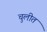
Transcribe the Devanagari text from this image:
चुलीत